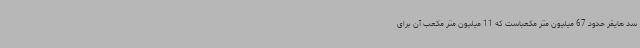
سد هایقر حدود 67 میلیون متر مکعباست که 11 میلیون متر مکعب آن برای